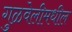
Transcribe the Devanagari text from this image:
गुळवेलीमधील